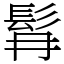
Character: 髥